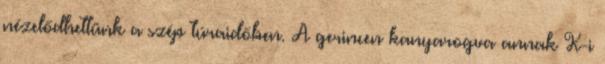
nézelődhettünk a szép túraidőben. A gerincen kanyarogva annak K-i